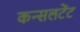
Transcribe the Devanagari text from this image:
कन्सलटेंट